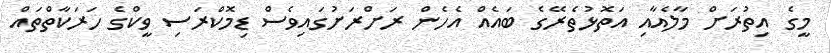
މީގެ އިތުރަށް މާލެއާއި އަތޮޅުތެރޭގެ ބައެއް އެހެން ރަށްރަށުގައިވެސް ޑިމޮކްރަސި ވީކްގެ ހަރަކާތްތައް